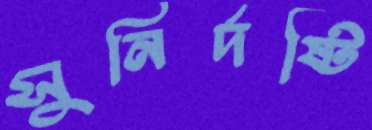
সুনির্দষ্টি